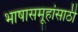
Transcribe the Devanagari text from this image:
भाषासमूहांसाठी